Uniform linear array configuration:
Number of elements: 48
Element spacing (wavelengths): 0.25
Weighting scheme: binomial
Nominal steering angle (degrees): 45
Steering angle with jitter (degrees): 46.627
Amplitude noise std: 0.05
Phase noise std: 0.05

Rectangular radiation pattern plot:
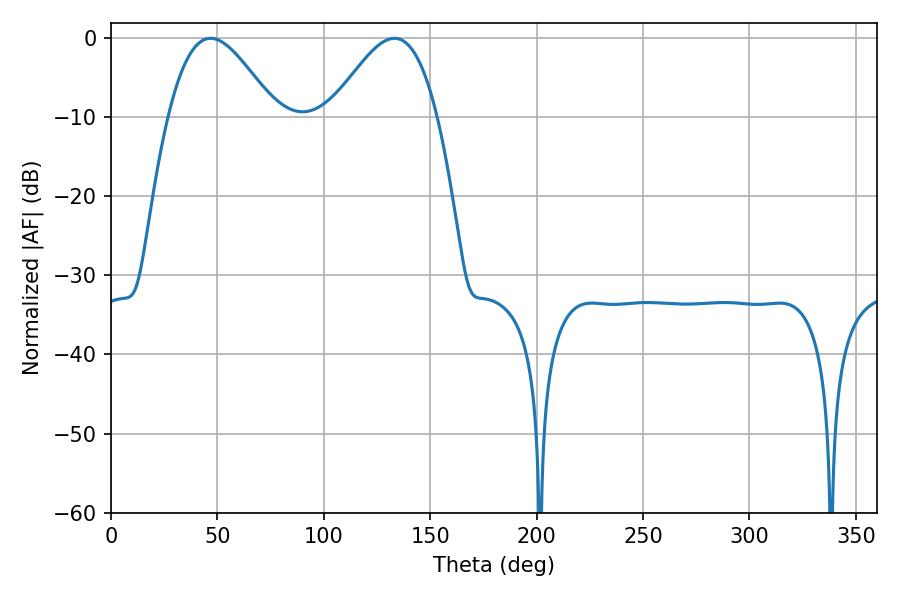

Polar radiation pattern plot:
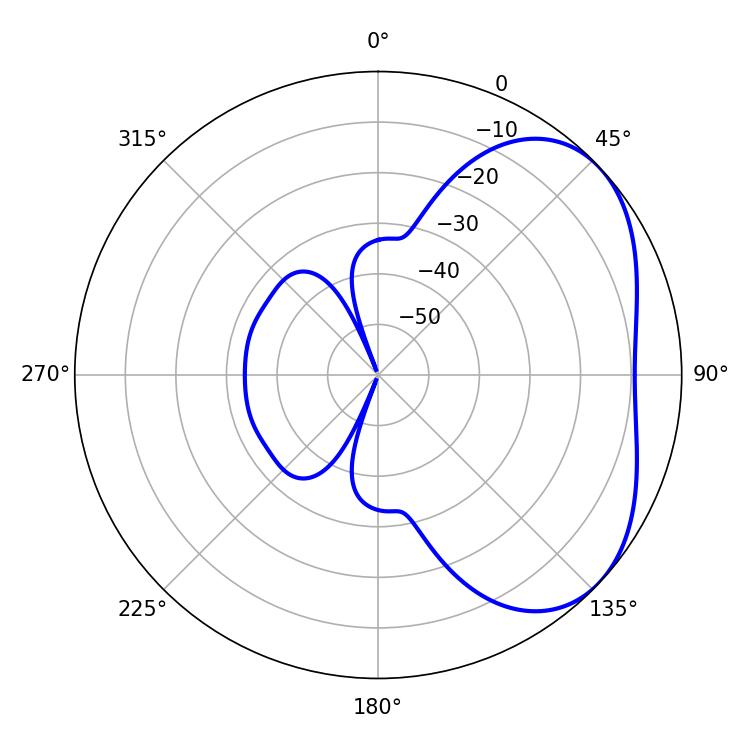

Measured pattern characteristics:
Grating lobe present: FALSE
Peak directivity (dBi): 3.909
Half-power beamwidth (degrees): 26.82
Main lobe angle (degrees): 46.8